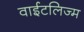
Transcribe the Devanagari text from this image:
वाईटलिज्म